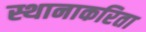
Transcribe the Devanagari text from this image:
स्थानाकरिता